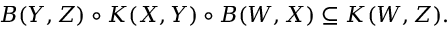
B ( Y , Z ) \circ K ( X , Y ) \circ B ( W , X ) \subseteq K ( W , Z ) .